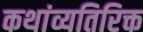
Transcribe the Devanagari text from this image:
कथांव्यतिरिक्त